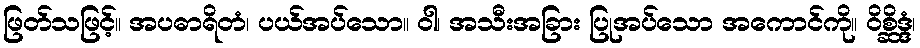
ဖြတ်သဖြင့်။ အပဓာရိတံ၊ ပယ်အပ်သော။ ဝါ၊ အသီးအခြား ပြုအပ်သော အကောင်ကို။ ဝိစ္ဆိဒ္ဒံ၊